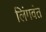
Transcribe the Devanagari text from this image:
लिंगवंत